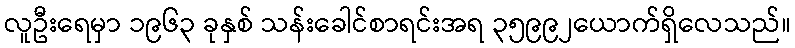
လူဦးရေမှာ ၁၉၆၃ ခုနှစ် သန်းခေါင်စာရင်းအရ ၃၅၉၉၂ယောက်ရှိလေသည်။